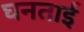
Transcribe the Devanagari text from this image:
घनताई